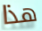
هذا